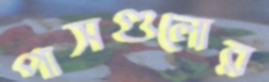
পাসগুলোর